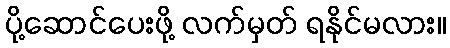
ပို့ဆောင်ပေးဖို့ လက်မှတ် ရနိုင်မလား။